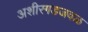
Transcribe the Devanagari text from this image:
अशीरगडजवळ